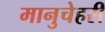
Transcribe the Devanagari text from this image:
मानुचेहरी